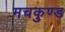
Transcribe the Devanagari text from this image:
मचकुण्ड